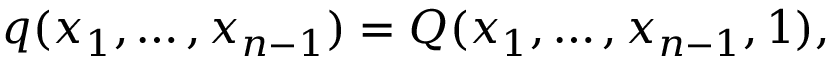
q ( x _ { 1 } , \ldots , x _ { n - 1 } ) = Q ( x _ { 1 } , \ldots , x _ { n - 1 } , 1 ) ,